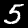
Digit: 5